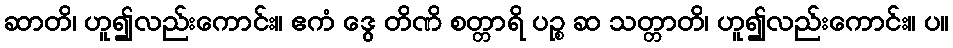
ဆာတိ၊ ဟူ၍လည်းကောင်း။ ဧကံ ဒွေ တိဏိ စတ္တာရိ ပဉ္စ ဆ သတ္တာတိ၊ ဟူ၍လည်းကောင်း။ ပ။